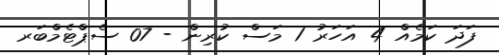
ފަދަ ކަމެއް 4 އަހަރު 1 މަސް ކުރިން - 07 ސެޕްޓެމްބަރ